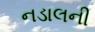
નડાલની